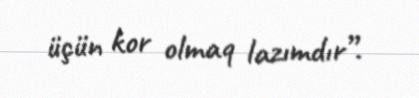
üçün kor olmaq lazımdır”.